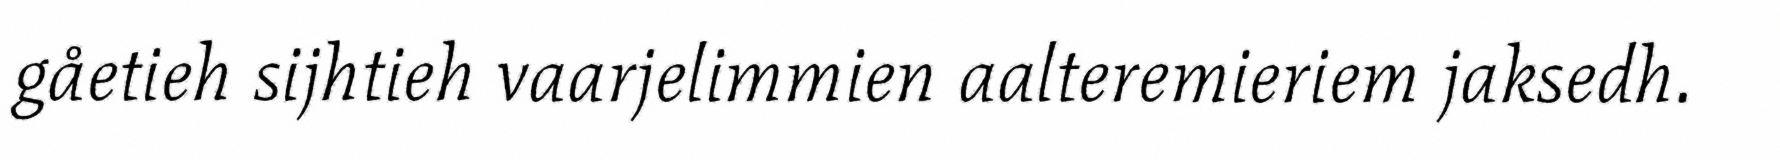
gåetieh sijhtieh vaarjelimmien aalteremieriem jaksedh.